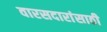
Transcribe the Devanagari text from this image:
वारसदारांसाठी